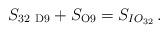
LaTeX: \begin{align*}S_{\rm 32\ D9} + S_{\rm O9} = S_{IO_{32}}\, .\end{align*}